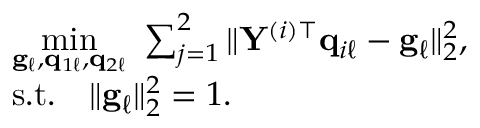
\begin{array} { r l } & { \underset { { \bf g } _ { \ell } , { \bf q } _ { 1 \ell } , { \bf q } _ { 2 \ell } } { \operatorname* { m i n } } ~ \sum _ { j = 1 } ^ { 2 } \| { \bf Y } ^ { ( i ) \top } { \bf q } _ { i \ell } - { \bf g } _ { \ell } \| _ { 2 } ^ { 2 } , } \\ & { \mathrm { s . t . } \quad \| { \bf g } _ { \ell } \| _ { 2 } ^ { 2 } = 1 . } \end{array}